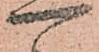
可